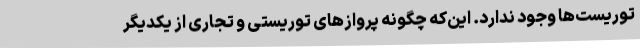
توریست‌ها وجود ندارد. این‌که چگونه پروازهای توریستی و تجاری از یکدیگر